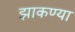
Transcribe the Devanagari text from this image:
झाकण्या